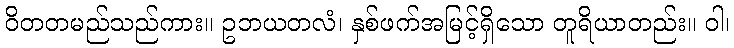
ဝိတတမည်သည်ကား။ ဥဘယတလံ၊ နှစ်ဖက်အမြင့်ရှိသော တူရိယာတည်း။ ဝါ၊